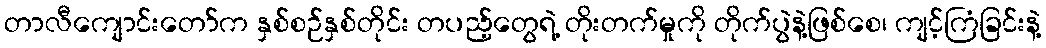
တာလီကျောင်းတော်က နှစ်စဉ်နှစ်တိုင်း တပည့်တွေရဲ့ တိုးတက်မှုကို တိုက်ပွဲနဲ့ဖြစ်စေ၊ ကျင့်ကြံခြင်းနဲ့